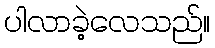
ပါလာခဲ့လေသည်။